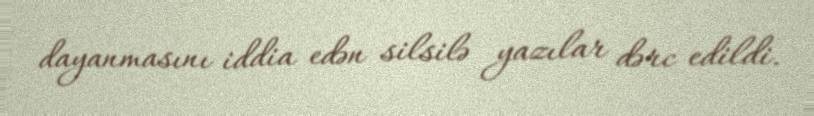
dayanmasını iddia edən silsilə yazılar dərc edildi.